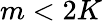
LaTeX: m<2K